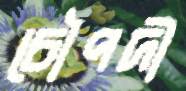
চৌপদী